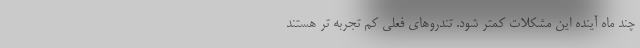
چند ماه آینده این مشکلات کمتر شود. تندروهای فعلی کم تجربه تر هستند